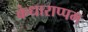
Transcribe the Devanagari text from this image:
कंधाराप्पम